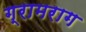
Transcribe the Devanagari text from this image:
ग्रामराग